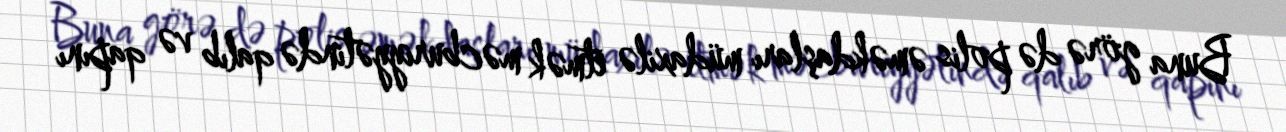
Buna görə də polis əməkdaşları müdaxilə etmək məcburiyyətində qalıb və qapını